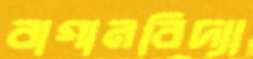
বাগানবিদ্যা